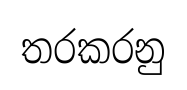
තරකරනු